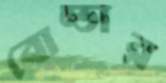
বোল্ডার